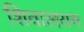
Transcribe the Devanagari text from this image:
शिवालयम